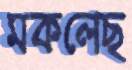
মকলেছ